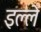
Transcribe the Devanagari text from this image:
इल्ले